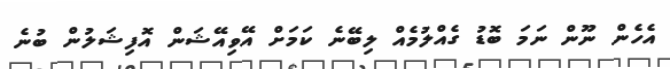
އެހެން ނޫން ނަމަ ބޮޑު ގެއްލުމެއް ލިބޭނެ ކަމަށް އޭވިއޭޝަން އޮފިޝަލުން ބުނެ